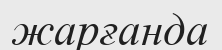
жарғанда